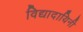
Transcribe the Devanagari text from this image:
विद्यादायिनी